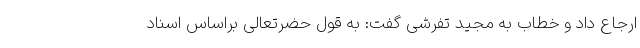
ارجاع داد و خطاب به مجید تفرشی گفت: به قول حضرتعالی براساس اسناد